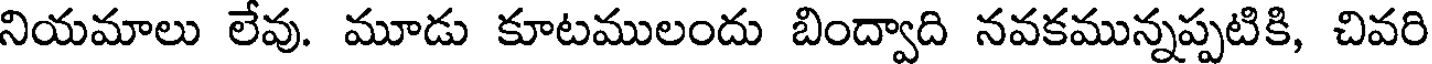
నియమాలు లేవు. మూడు కూటములందు బింద్వాది నవకమున్నప్పటికి, చివరి